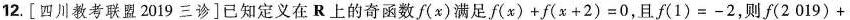
12. [四川教考联盟2019三诊]已知定义在R上的奇函数f(x)满足$$f(x) + f( x + 2 ) = 0$$，且f(1)=-2，则$$f(2019) +